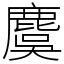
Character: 麌